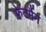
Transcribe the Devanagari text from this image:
फ़ेटर्मैन